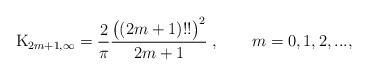
LaTeX: \begin{align*} {\rm K}_{2m+1,\infty}={2\over \pi}{\big ((2m+1)!! \big )^2 \over 2m+1}\;,\;\;\;\;\;\;\;m=0, 1, 2,...,\end{align*}